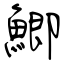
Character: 鯽